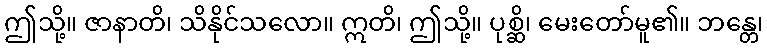
ဤသို့။ ဇာနာတိ၊ သိနိုင်သလော။ ဣတိ၊ ဤသို့။ ပုစ္ဆိ၊ မေးတော်မူ၏။ ဘန္တေ၊